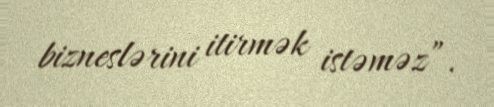
bizneslərini itirmək istəməz”.